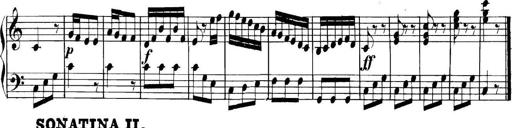
Title: Collected Piano Sonatas
Composer: Muzio Clementi